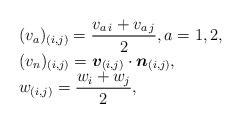
LaTeX: \begin{align*} \begin{array}{l} (v_a)_{(i,j)}=\displaystyle\frac{v_{a\,i}+v_{a\,j}}{2}, a=1,2,\\ (v_n)_{(i,j)}=\boldsymbol{v}_{(i,j)}\cdot\boldsymbol{n}_{(i,j)},\\ w_{(i,j)}=\displaystyle\frac{w_{i}+w_{j}}{2}, \end{array}\end{align*}